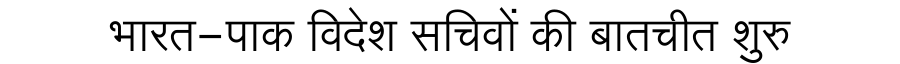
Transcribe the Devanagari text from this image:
भारत-पाक विदेश सचिवों की बातचीत शुरु